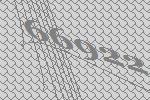
66922